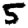
Digit: 5